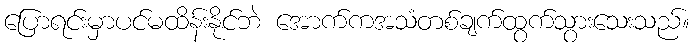
ပြောရင်းမှာပင်မထိန်းနိုင်ဘဲ အောက်ကအသံတစ်ချက်ထွက်သွားသေးသည်။